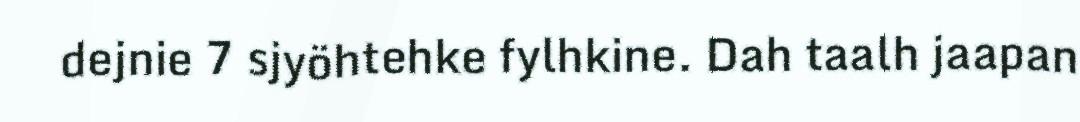
dejnie 7 sjyöhtehke fylhkine. Dah taalh jaapan